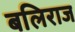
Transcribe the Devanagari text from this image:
बलिराज